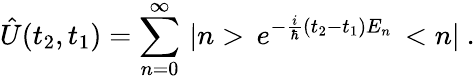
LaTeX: \hat{U}(t_{2},t_{1})=\sum_{n=0}^{\infty}\, |n>\, e^{-\frac{i}{\hbar}(t_{2}-t_{1})E_{n}}\, <n|\ .